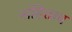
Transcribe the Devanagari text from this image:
संहिताच